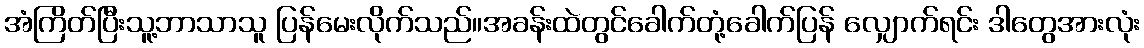
အံကြိတ်ပြီးသူ့ဘာသာသူ ပြန်မေးလိုက်သည်။အခန်းထဲတွင်ခေါက်တုံ့ခေါက်ပြန် လျှောက်ရင်း ဒါတွေအားလုံး